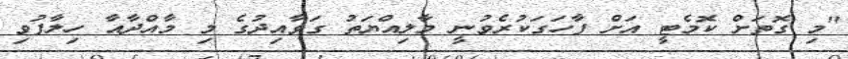
"މި ގޮތަށް ކޮމެޓީ އަށް ފާހަގަކުރެވުނީ މާލިއްޔަތު ގަވާއިދުގެ މި މާއްދާއާ ހިލާފުވި